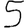
Digit: 5